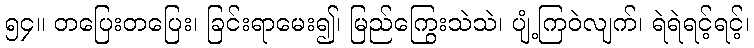
၅၄။ တပြေးတပြေး၊ ခြင်းရာမေး၍၊ မြည်ကြွေးသဲသဲ၊ ပျံ့ကြဝဲလျက်၊ ရဲရဲရင့်ရင့်၊